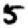
Digit: 5